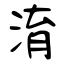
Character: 淯